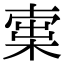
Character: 𣕿